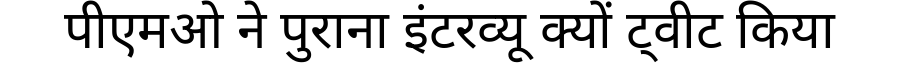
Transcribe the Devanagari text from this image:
पीएमओ ने पुराना इंटरव्यू क्यों ट्वीट किया